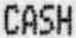
CASH